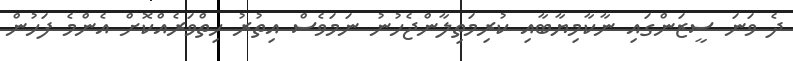
ދެ ވަނަ ސީޒަންގައި ނާކާމިޔާބާއި ކުރިމަތިލާންޖެހުނު ނަމަވެސް އިތުރު ހިތްވަރެއްކޮށް އެންމެ ފަހުން